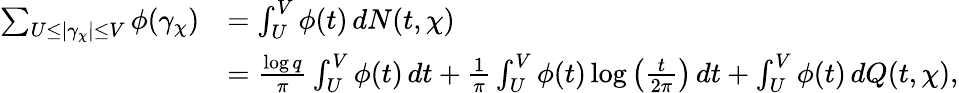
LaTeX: \begin{array}{rl}{\sum_{\substack{U\leq|\gamma_{\chi}|\leq V}}\phi(\gamma_{\chi})}&{=\int_{U}^{V}\phi(t)\, dN(t,\chi)}\\ &{=\frac{\log{q}}{\pi}\int_{U}^{V}\phi(t)\, dt+\frac{1}{\pi}\int_{U}^{V}\phi(t)\log\left(\frac{t}{2\pi}\right)\, dt+\int_{U}^{V}\phi(t)\, dQ(t,\chi),}\end{array}